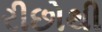
રીછોથી